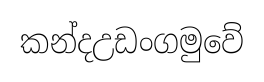
කන්දඋඩංගමුවේ